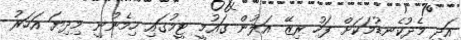
އަދި މެދުކެނޑުމަކަށް ފަހު ރިޒޭ އަލުން ގައުމީ ޓީމުގައި ހިމެނުނީ މިދިޔަ އަހަރު